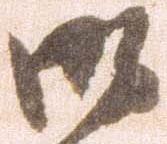
御